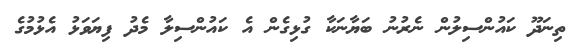
ތިނަދޫ ކައުންސިލުން ނެރުނު ބަޔާނަކާ ގުޅިގެން އެ ކައުންސިލާ މެދު ފިޔަވަޅު އެޅުމުގެ